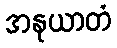
အနုယာတံ